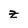
Character: z